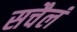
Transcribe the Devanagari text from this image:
सचैलं